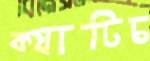
ক্যাটিচ